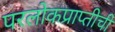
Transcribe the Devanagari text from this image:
परलोकप्राप्तीची